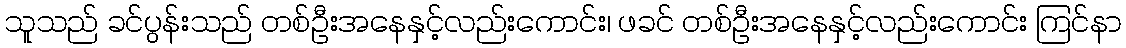
သူသည် ခင်ပွန်းသည် တစ်ဦးအနေနှင့်လည်းကောင်း၊ ဖခင် တစ်ဦးအနေနှင့်လည်းကောင်း ကြင်နာ